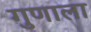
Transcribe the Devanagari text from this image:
गुणाला